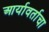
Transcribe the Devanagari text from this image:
आर्यावर्ताचा